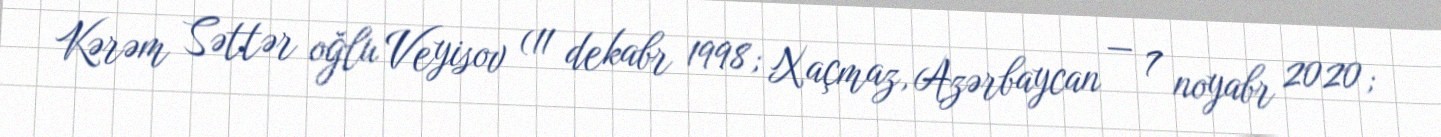
Kərəm Səttər oğlu Veyisov (11 dekabr 1998; Xaçmaz, Azərbaycan — 7 noyabr 2020;